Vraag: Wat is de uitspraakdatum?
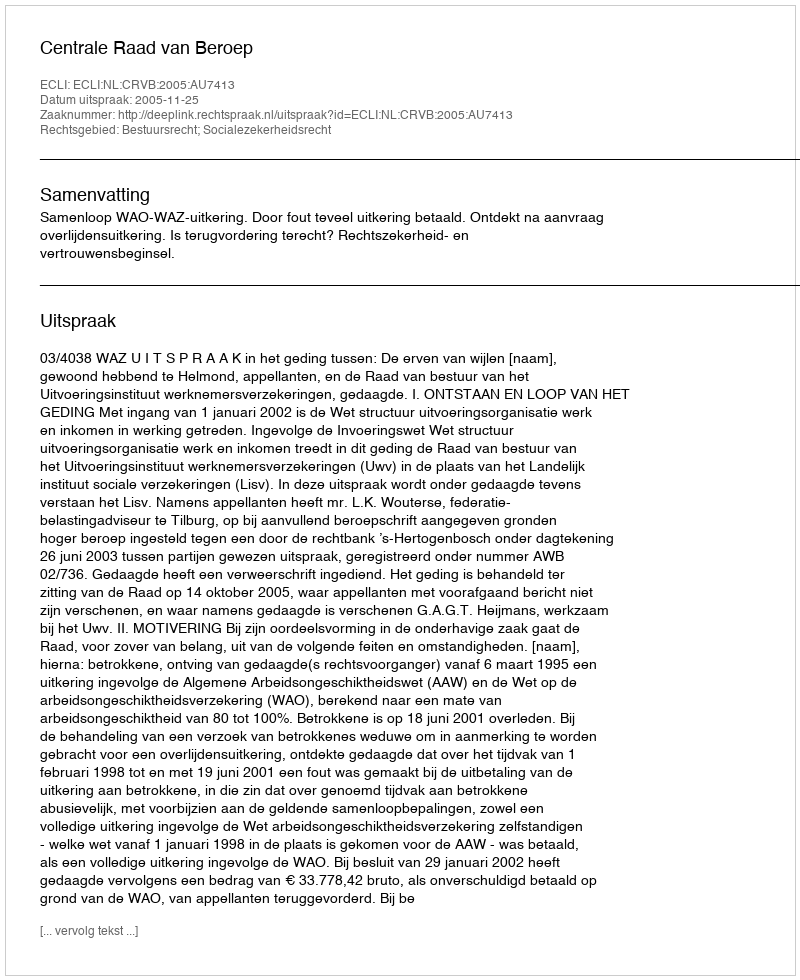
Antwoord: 2005-11-25